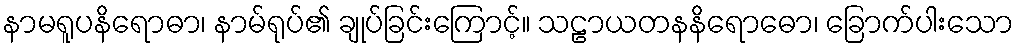
နာမရူပနိရောဓာ၊ နာမ်ရုပ်၏ ချုပ်ခြင်းကြောင့်။ သဠာယတနနိရောဓော၊ ခြောက်ပါးသော